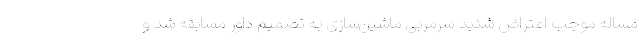
مساله موجب اعتراض شدید سرمربی ماشین‌سازی به تصمیم داور مسابقه شد و